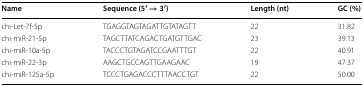
| Name | Sequence (5′ → 3′) | Length (nt) | GC (%) |
 | --- | --- | --- | --- |
 | chi-Let-7f-5p | TGAGGTAGTAGATTGTATAGTT | 22 | 31.82 |
 | chi-miR-21-5p | TAGCTTATCAGACTGATGTTGAC | 23 | 39.13 |
 | chi-miR-10a-5p | TACCCTGTAGATCCGAATTTGT | 22 | 40.91 |
 | chi-miR-22-3p | AAGCTGCCAGTTGAAGAAC | 19 | 47.37 |
 | chi-miR-125a-5p | TCCCTGAGACCCTTTAACCTGT | 22 | 50.00 |